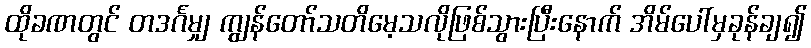
ထိုခဏတွင် တဒင်္ဂမျှ ကျွန်တော်သတိမေ့သလိုဖြစ်သွားပြီးနောက် အိမ်ပေါ်မှခုန်ချ၍